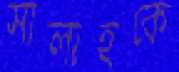
সালাহকে